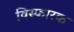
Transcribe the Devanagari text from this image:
विस्‍फारक